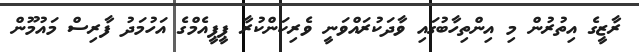
ރާޒީގެ އިތުރުން މި އިންތިހާބުގައި ވާދަކުރައްވަނީ ވެރިކަންކުރާ ޕީޕީއެމްގެ އަހުމަދު ފާރިސް މައުމޫން